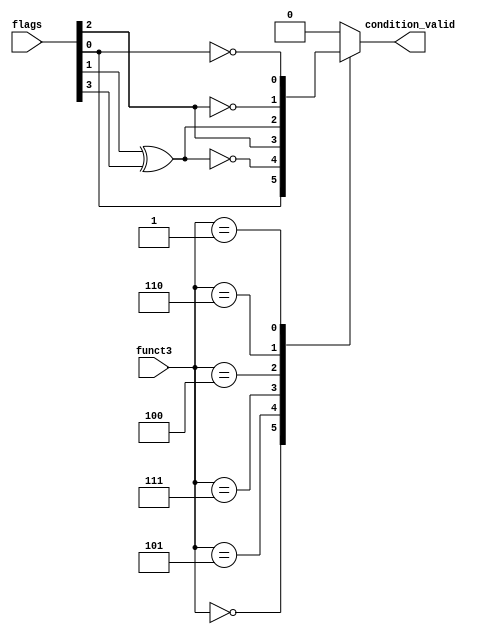
`timescale 1ns / 1ps
//////////////////////////////////////////////////////////////////////////////////
// Company: 
// Engineer: 
// 
// Design Name: 
// Module Name: ConditionCheck
// Project Name: 
// Target Devices: 
// Tool Versions: 
// Description: 
// 
// Dependencies: 
// 
// Revision:
// Revision 0.01 - File Created
// Additional Comments:
// 
//////////////////////////////////////////////////////////////////////////////////


module ConditionCheck(
        input [2:0]funct3,
        input [3:0]flags,
        output condition_valid
    );
    wire V,C,N,Z;
    reg valid;
    assign {V,C,N,Z} = flags;
    always@(*)begin
        case(funct3)
            3'b000: valid = Z;      //Branch if EQual 
            3'b101: valid = ~(N^V); //Branch if Greater or Equal (signed)
            3'b111: valid = C;      //Branch if Greater or Equal (Unsigned) 
            3'b100: valid = (N^V);  //Branch if Less Than (signed) 
            3'b110: valid = ~C;     //Branch if Less Than (Unsigned)
            3'b001: valid = ~Z;     //Branch if Not Equal
            default: valid = 0;
        endcase
    end
    assign condition_valid = valid;
endmodule